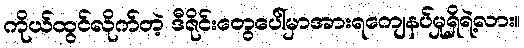
ကိုယ်ထွင်လိုက်တဲ့ ဒီဇိုင်းတွေပေါ်မှာအားရကျေနပ်မှုရှိရဲ့လား။